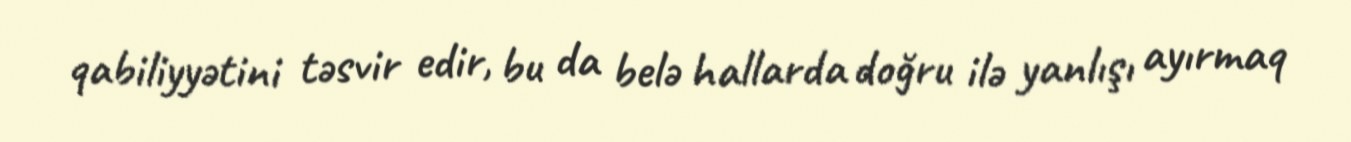
qabiliyyətini təsvir edir, bu da belə hallarda doğru ilə yanlışı ayırmaq